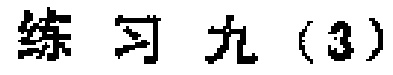
练习九（3）